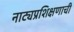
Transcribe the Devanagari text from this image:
नाट्यप्रशिक्षणाची